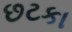
છટકા